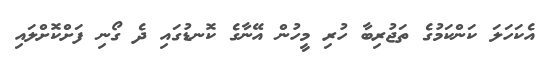
އެކަހަލަ ކަންކަމުގެ ތަޖުރިބާ ހުރި މީހުން އޭނާގެ ކޮނޑުގައި ދެ ގޯނި ފަށްކޮށްލައި